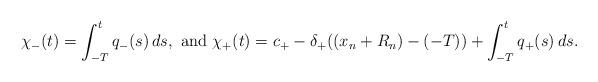
LaTeX: \begin{align*}\chi_- (t) = \int_{-T}^t q_-(s) \, ds,\ \textrm{and}\ \chi_+(t) = c_+ - \delta_+((x_n + R_n) - (-T))+ \int_{-T}^t q_+(s)\, ds.\end{align*}